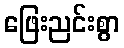
ဖြေးညင်းစွာ